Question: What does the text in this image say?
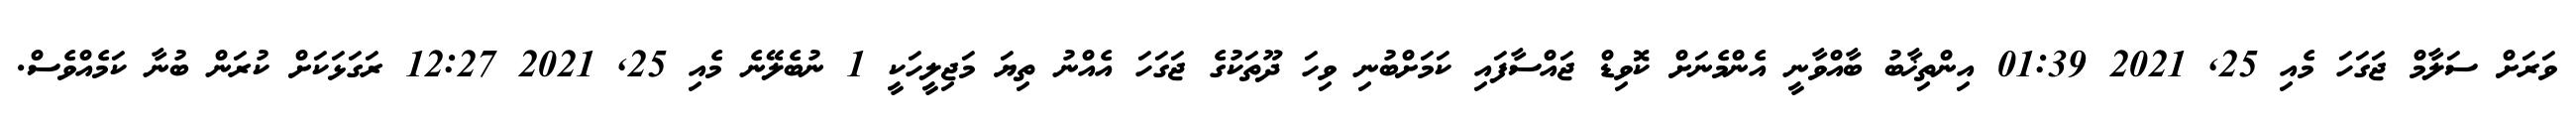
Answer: ވަރަށް ސަލާމް ޖަގަހަ މެއި 25, 2021 01:39 އިންތިޚާބު ބާއްވާނީ އެންމެނަށް ކޮވިޑް ޖައްސާފައި ކަމަށްބުނި ވިހަ ދޫތަކުގެ ޖަގަހަ އެއްނު ތިޔަ މަޖިލީހަކީ 1 ނުބެލޭނެ މެއި 25, 2021 12:27 ރަގަޅަކަށް ކުރަން ބުނާ ކަމެއްވެސް.